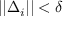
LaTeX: | | \Delta _ { i } | | < \delta